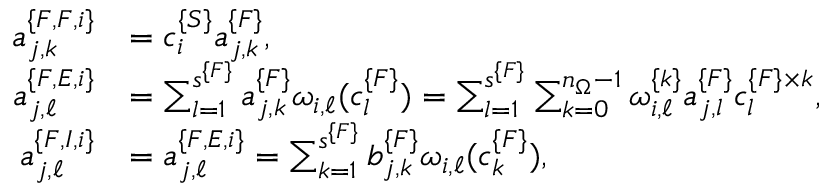
\begin{array} { r l } { a _ { j , k } ^ { \{ F , F , i \} } } & { = c _ { i } ^ { \{ S \} } a _ { j , k } ^ { \{ F \} } , } \\ { a _ { j , \ell } ^ { \{ F , E , i \} } } & { = \sum _ { l = 1 } ^ { s ^ { \{ F \} } } a _ { j , k } ^ { \{ F \} } \omega _ { i , \ell } ( c _ { l } ^ { \{ F \} } ) = \sum _ { l = 1 } ^ { s ^ { \{ F \} } } \sum _ { k = 0 } ^ { n _ { \Omega } - 1 } \omega _ { i , \ell } ^ { \{ k \} } a _ { j , l } ^ { \{ F \} } c _ { l } ^ { \{ F \} \times k } , } \\ { a _ { j , \ell } ^ { \{ F , I , i \} } } & { = a _ { j , \ell } ^ { \{ F , E , i \} } = \sum _ { k = 1 } ^ { s ^ { \{ F \} } } b _ { j , k } ^ { \{ F \} } \omega _ { i , \ell } ( c _ { k } ^ { \{ F \} } ) , } \end{array}